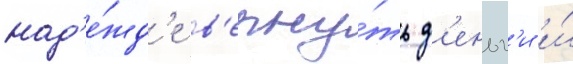
над'е́жд'е в'ерну́ть д'еньг'и и́